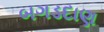
બગડદાણ